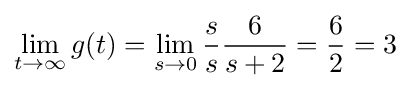
\lim _{t\to \infty }g(t)=\lim _{s\to 0}{\frac {s}{s}}{\frac {6}{s+2}}={\frac {6}{2}}=3